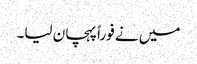
میں نے فوراً پہچان لیا۔